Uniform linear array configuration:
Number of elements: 8
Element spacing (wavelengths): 0.75
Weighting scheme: hann
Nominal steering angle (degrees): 15
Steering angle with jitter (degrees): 13.261
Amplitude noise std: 0.05
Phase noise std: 0.05

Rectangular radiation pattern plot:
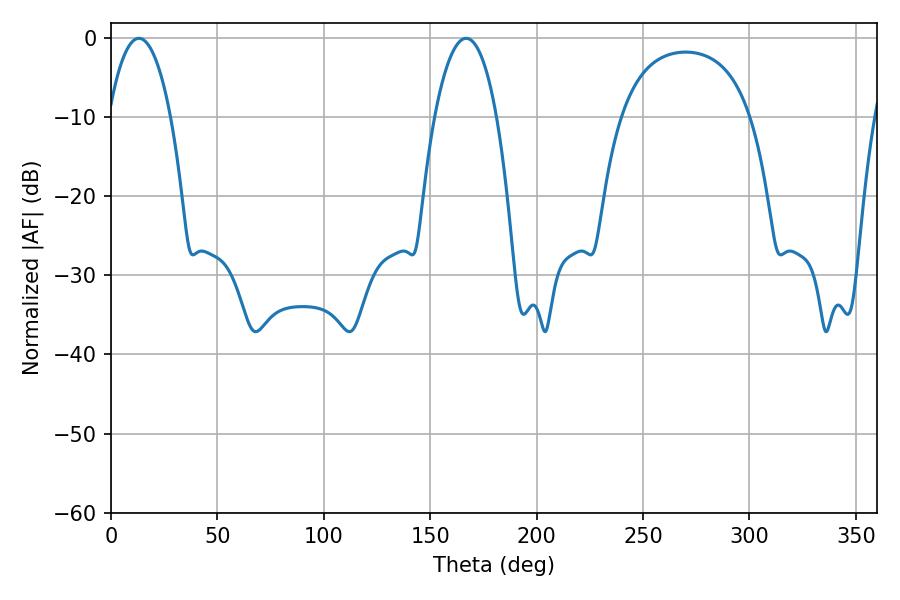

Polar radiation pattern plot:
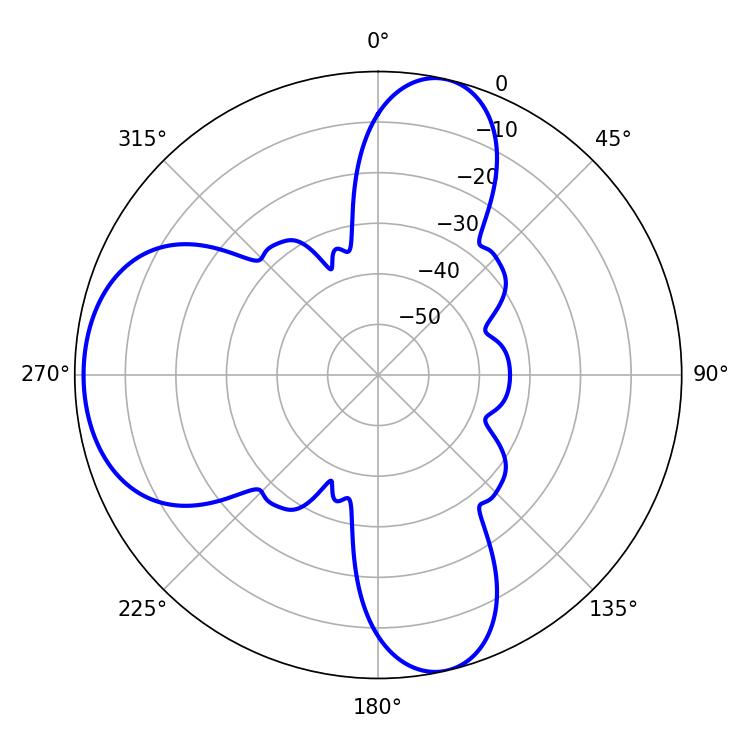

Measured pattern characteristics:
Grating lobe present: TRUE
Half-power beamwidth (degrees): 16.38
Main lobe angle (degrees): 13.14